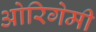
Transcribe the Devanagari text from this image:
ओरिगेमी